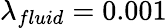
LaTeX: \lambda_{fluid}=0.001